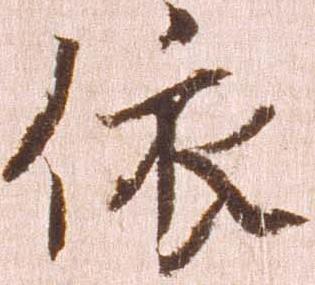
依